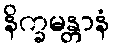
နိက္ခမန္တာနံ